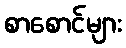
စာစောင်များ